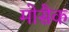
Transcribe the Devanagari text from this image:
मोसैक